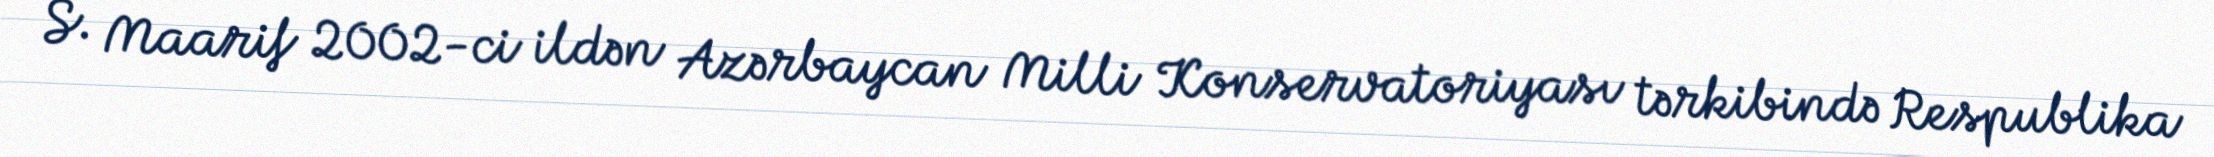
S. Maarif 2002-ci ildən Azərbaycan Milli Konservatoriyası tərkibində Respublika